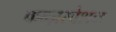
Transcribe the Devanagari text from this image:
कन्ज़रवेशन